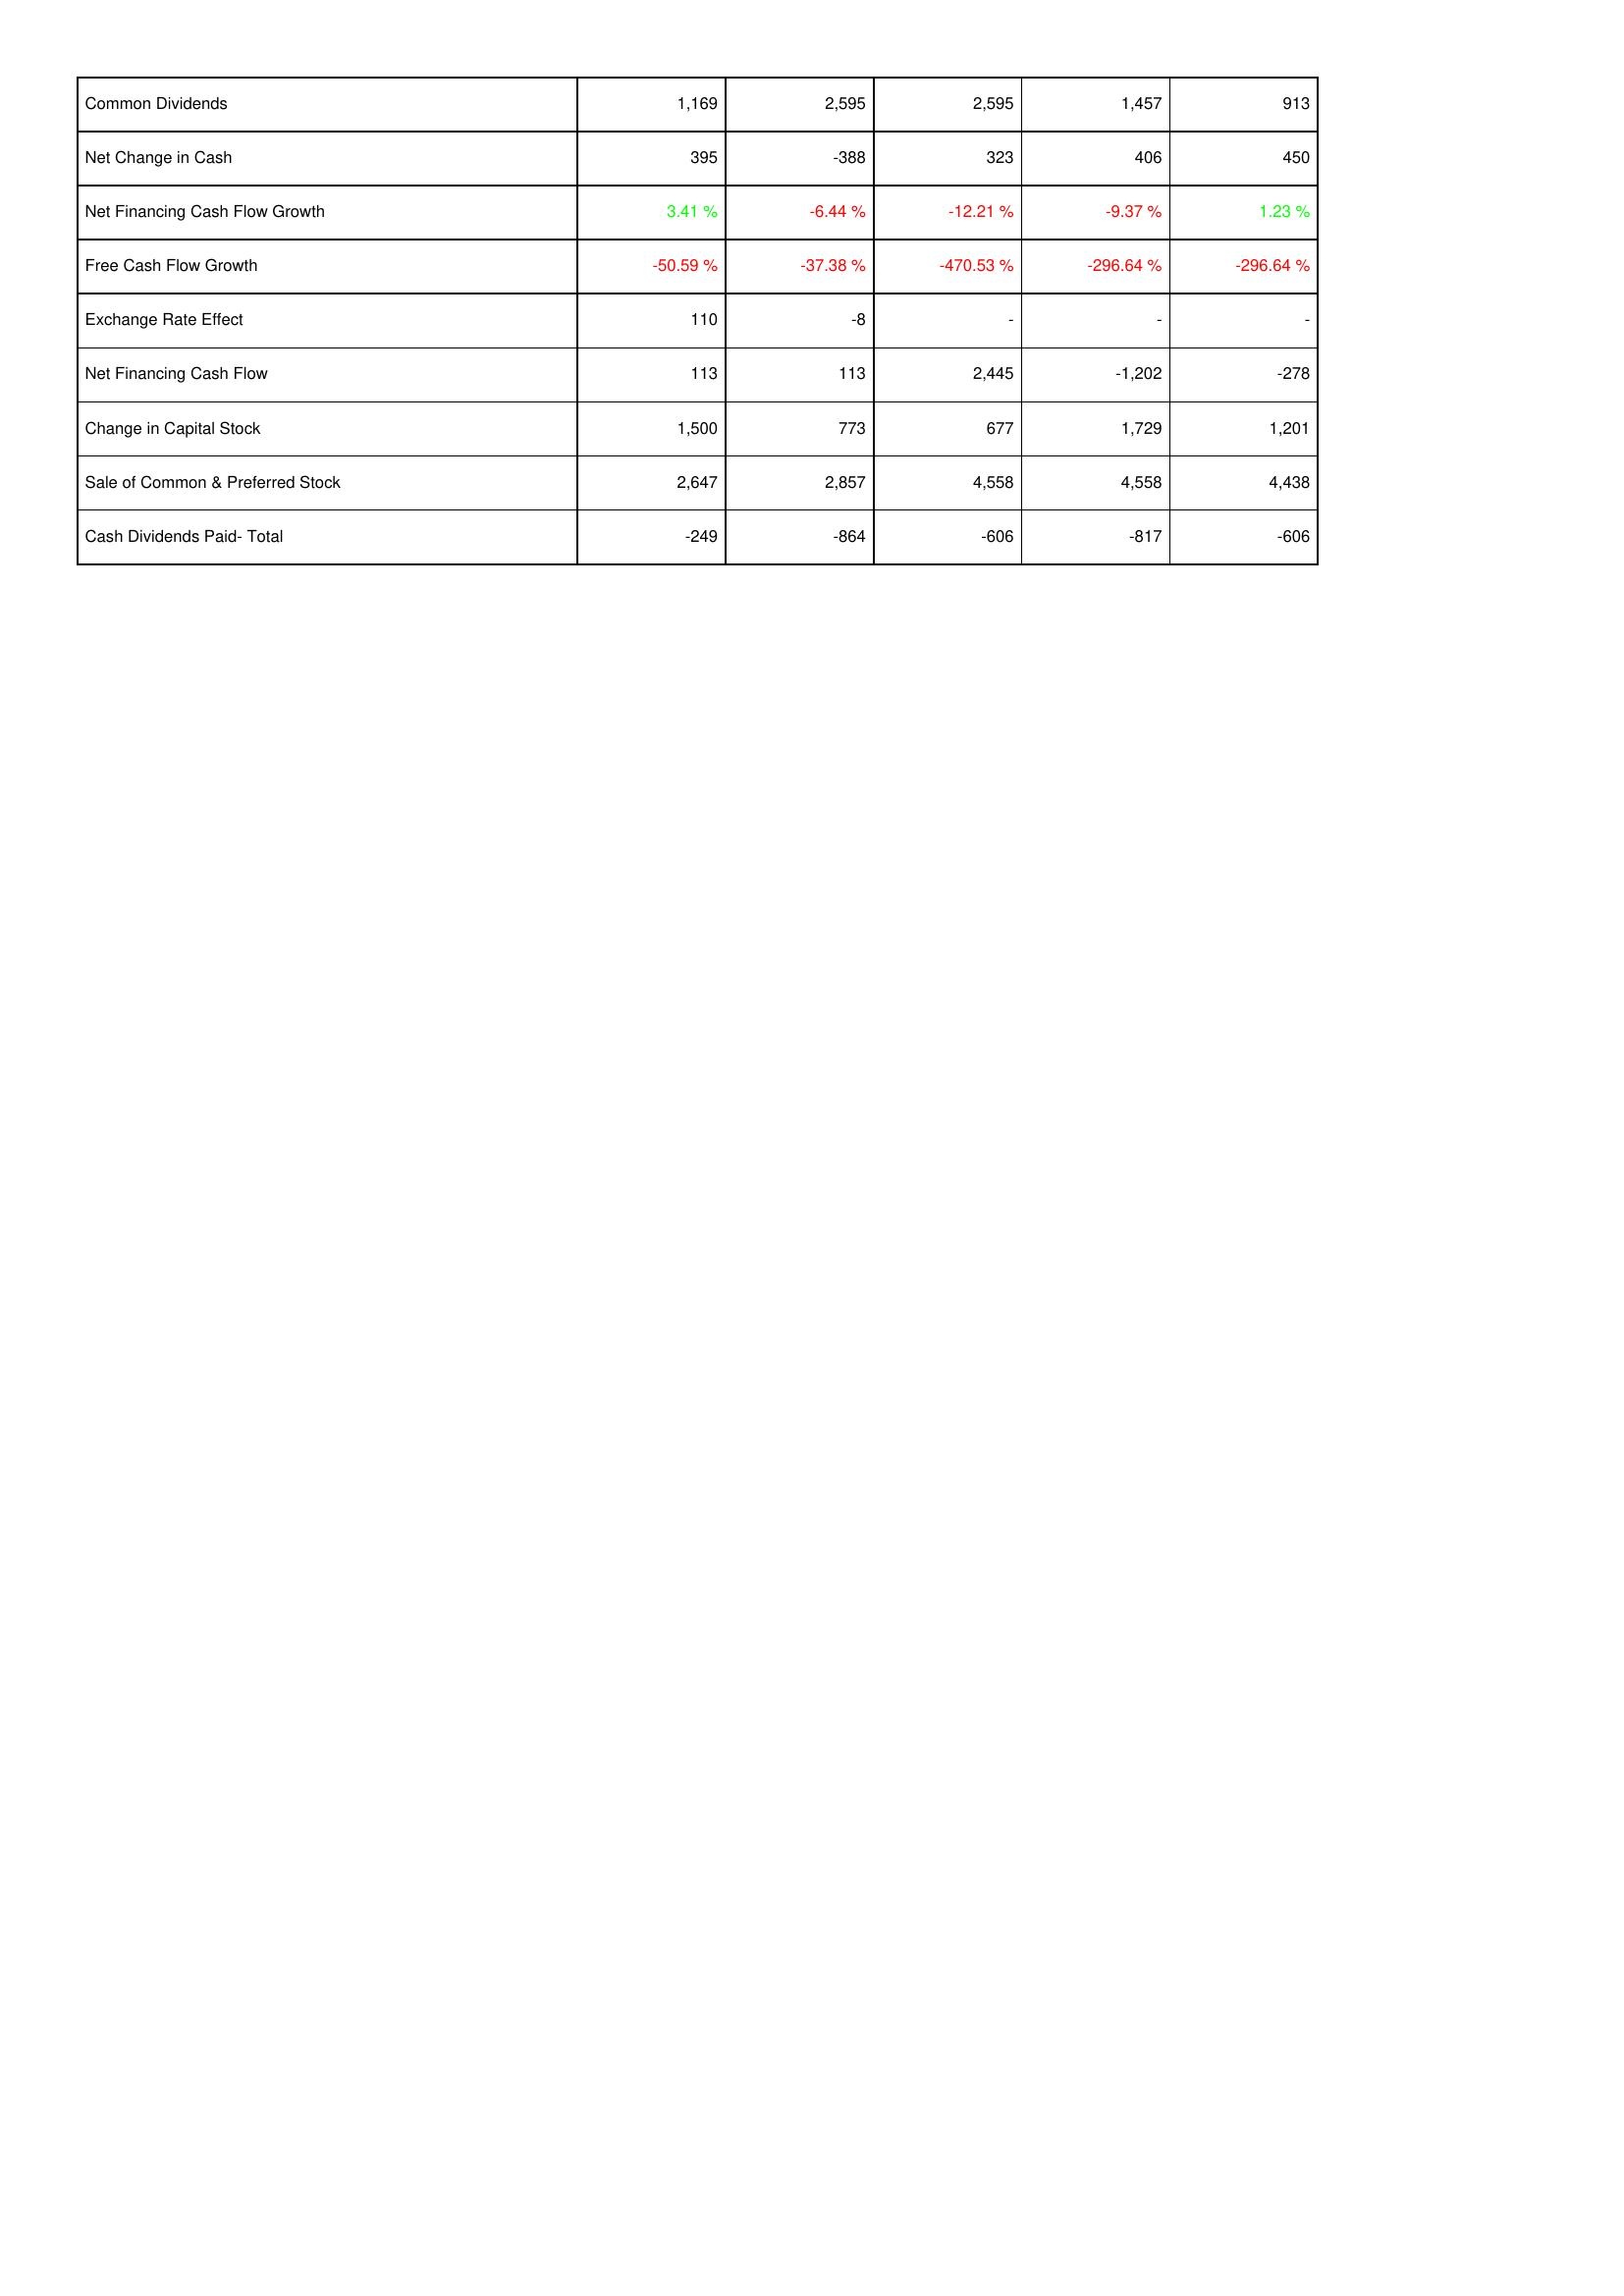
2009: Financing Activities: Common Dividends: 1,169
Net Change in Cash: 395
Net Financing Cash Flow Growth: 3.41 %
Free Cash Flow Growth: -50.59 %
Exchange Rate Effect: 110
Net Financing Cash Flow: 113
Change in Capital Stock: 1,500
Sale of Common & Preferred Stock: 2,647
Cash Dividends Paid- Total: -249
2008: Financing Activities: Common Dividends: 2,595
Net Change in Cash: -388
Net Financing Cash Flow Growth: -6.44 %
Free Cash Flow Growth: -37.38 %
Exchange Rate Effect: -8
Net Financing Cash Flow: 113
Change in Capital Stock: 773
Sale of Common & Preferred Stock: 2,857
Cash Dividends Paid- Total: -864
2007: Financing Activities: Common Dividends: 2,595
Net Change in Cash: 323
Net Financing Cash Flow Growth: -12.21 %
Free Cash Flow Growth: -470.53 %
Exchange Rate Effect: -
Net Financing Cash Flow: 2,445
Change in Capital Stock: 677
Sale of Common & Preferred Stock: 4,558
Cash Dividends Paid- Total: -606
2006: Financing Activities: Common Dividends: 1,457
Net Change in Cash: 406
Net Financing Cash Flow Growth: -9.37 %
Free Cash Flow Growth: -296.64 %
Exchange Rate Effect: -
Net Financing Cash Flow: -1,202
Change in Capital Stock: 1,729
Sale of Common & Preferred Stock: 4,558
Cash Dividends Paid- Total: -817
2005: Financing Activities: Common Dividends: 913
Net Change in Cash: 450
Net Financing Cash Flow Growth: 1.23 %
Free Cash Flow Growth: -296.64 %
Exchange Rate Effect: -
Net Financing Cash Flow: -278
Change in Capital Stock: 1,201
Sale of Common & Preferred Stock: 4,438
Cash Dividends Paid- Total: -606